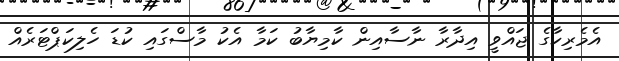
އެމެރިކާގެ ޖައްވީ އިދާރާ ނާސާއިން ކާމިޔާބު ކަމާ އެކު މާސްގައި ކުޑަ ހެލިކަޕްޓަރެއް